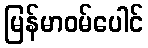
မြန်မာဝမ်ပေါင်